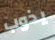
يذوب